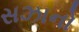
સઝાનો